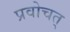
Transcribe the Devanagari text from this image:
प्रवोचत्